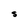
Character: S